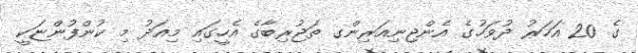
ގެ 20 އަހަރު ދުވަހުގެ އެންޖިނިއަރިންގ ތަޖުރިބާގެ އެހީގައި މިއަދު މި ކުންފުންޏަކީ